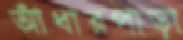
আঁধারপাড়া